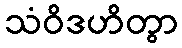
သံဝိဒဟိတွာ